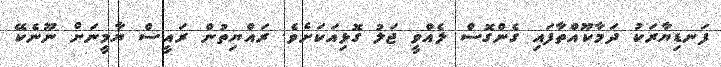
ފަނޑިޔާރަކު ދަމާކޫއްތާފައި ގެންގޮސް ލެއްވީ ޖަލު ގޮޅިއަކަށެވެ. ރައްޔިތުން ރައީސް ޔާމީނަށް ނޫނެކޭ